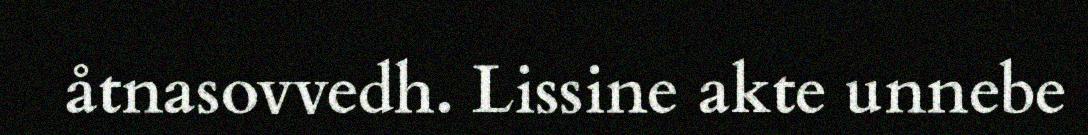
åtnasovvedh. Lissine akte unnebe